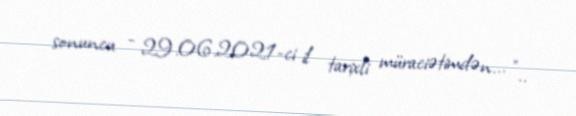
sonuncu - 29.06.2021-ci il tarixli müraciətimdən... "..